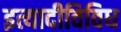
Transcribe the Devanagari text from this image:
इत्यादीविविध